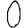
Digit: 0